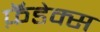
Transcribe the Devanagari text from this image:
फ़ॅडेक्स